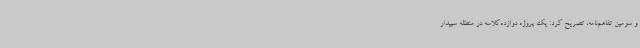
و سومین تفاهم‌نامه، تصریح کرد: یک پروژه دوازده‌کلاسه در منطقه سپیدار